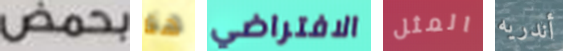
بحمض هنا الافتراضي المثل أندريه